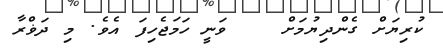
ކުރިޔަށް ގެންދިޔުމަށް    ވަނީ ހަމަޖެހިފަ އެވެ. މި ދަޥްރާ